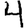
Digit: 4